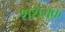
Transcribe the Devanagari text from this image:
शशलूक